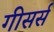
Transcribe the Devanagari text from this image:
गीसर्स